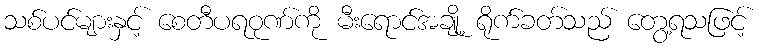
သစ်ပင်များနှင့် စေတီပရဝုဏ်ကို မီးရောင်အချို့ ရိုက်ခတ်သည် တွေ့ရသဖြင့်